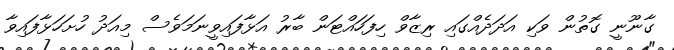
ގާނޫނީ ގޮތުން ވަކި އަދަދެއްގައި ރިޒާވް ހިފަހައްޓަން ބާރު އަޅާފައިވީނަމަވެސް މިއަދު ހުށަހަަޅާފައިވާ